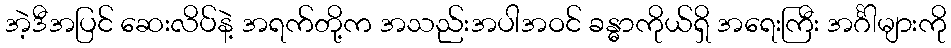
အဲ့ဒီအပြင် ဆေးလိပ်နဲ့ အရက်တို့က အသည်းအပါအဝင် ခန္ဓာကိုယ်ရှိ အရေးကြီး အင်္ဂါများကို